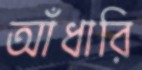
আঁধারি